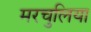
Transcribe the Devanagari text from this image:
मरचुलिया